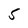
Character: 5